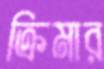
ক্রিমার